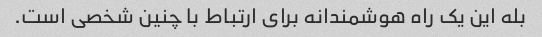
بله این یک راه هوشمندانه برای ارتباط با چنین شخصی است.